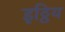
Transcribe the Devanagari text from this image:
इठ्ठिय